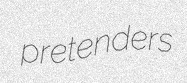
pretenders